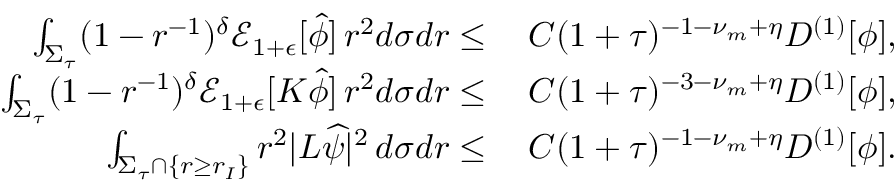
\begin{array} { r l } { \int _ { \Sigma _ { \tau } } ( 1 - r ^ { - 1 } ) ^ { \delta } \mathcal { E } _ { 1 + \epsilon } [ \widehat { \phi } ] \, r ^ { 2 } d \sigma d r \leq } & { \: C ( 1 + \tau ) ^ { - 1 - \nu _ { m } + \eta } D ^ { ( 1 ) } [ \phi ] , } \\ { \int _ { \Sigma _ { \tau } } ( 1 - r ^ { - 1 } ) ^ { \delta } \mathcal { E } _ { 1 + \epsilon } [ K \widehat { \phi } ] \, r ^ { 2 } d \sigma d r \leq } & { \: C ( 1 + \tau ) ^ { - 3 - \nu _ { m } + \eta } D ^ { ( 1 ) } [ \phi ] , } \\ { \int _ { \Sigma _ { \tau } \cap \{ r \geq r _ { I } \} } r ^ { 2 } | L \widehat { \psi } | ^ { 2 } \, d \sigma d r \leq } & { \: C ( 1 + \tau ) ^ { - 1 - \nu _ { m } + \eta } D ^ { ( 1 ) } [ \phi ] . } \end{array}